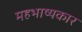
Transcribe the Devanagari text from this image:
महभाष्यकार